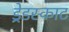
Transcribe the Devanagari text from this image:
ड्रेडस्काट